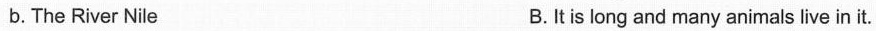
b.The River Nile B.It is long and many animals live in it.